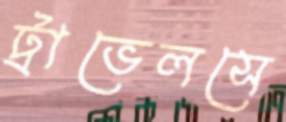
ট্রাভেলসে